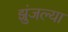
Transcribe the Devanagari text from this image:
झुंजल्या